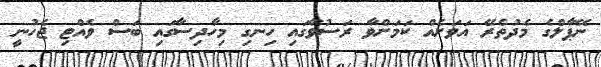
ނޭޕާލްގެ މެދުތެރޭ އަވަށެއް ކަމަށްވާ ރަސުވާގައި ހިނގި މިހާދިސާގައި ބަސް ވެއްޓި ޖެހުނީ